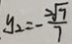
y _ { 2 } = - \frac { 2 \sqrt { 7 } } { 7 }